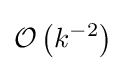
{\mathcal {O}}\left({k^{-2}}\right)